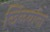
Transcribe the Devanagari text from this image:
खिळयांना